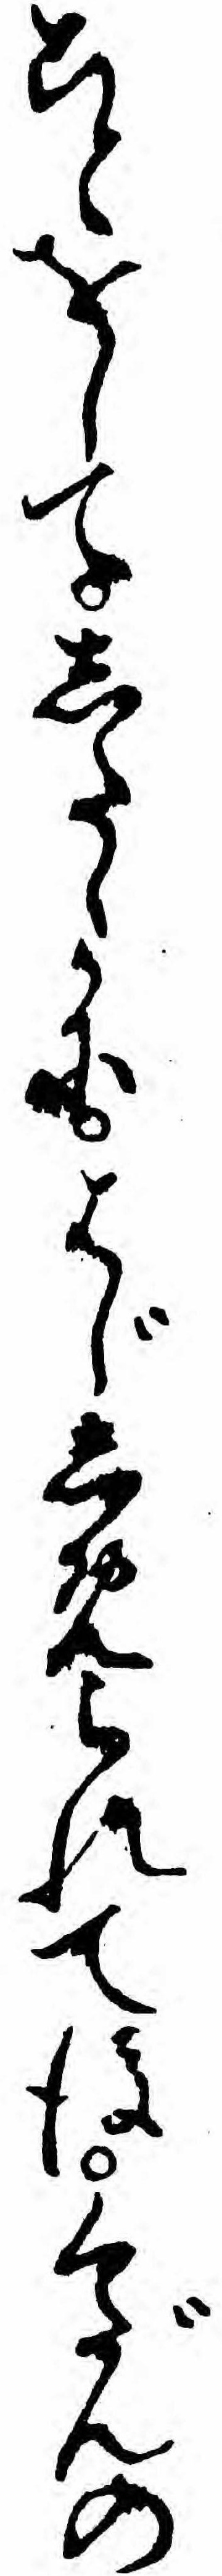
ことをしてしたゝかにはじしめられて後くだんの